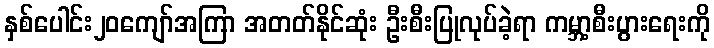
နှစ်ပေါင်း၂၀ကျော်အကြာ အတတ်နိုင်ဆုံး ဦးစီးပြုလုပ်ခဲ့ရာ ကမ္ဘာ့စီးပွားရေးကို